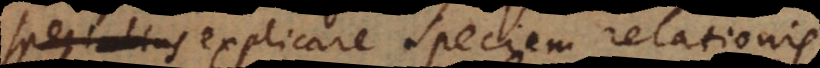
specialius explicare speciem relationis.